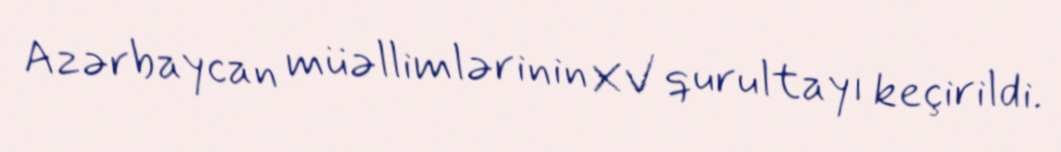
Azərbaycan müəllimlərinin XV qurultayı keçirildi.